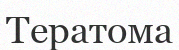
Тератома